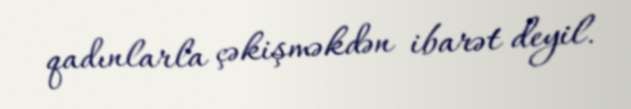
qadınlarla çəkişməkdən ibarət deyil.